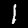
Label: 1